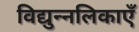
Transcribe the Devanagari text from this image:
विद्युन्नलिकाएँ